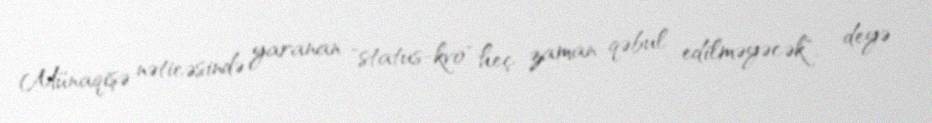
Münaqişə nəticəsində yaranan "status-kvo" heç zaman qəbul edilməyəcək", - deyə